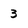
Character: 3